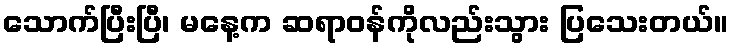
သောက်ပြီးပြီ၊ မနေ့က ဆရာဝန်ကိုလည်းသွား ပြသေးတယ်။